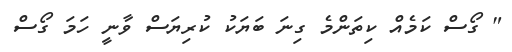
" ގޯސް ކަމެއް ކިތަންމެ ގިނަ ބަޔަކު ކުރިޔަސް ވާނީ ހަމަ ގޯސް